Problem: 4 × 2 = ?
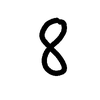
Handwritten answer: 8